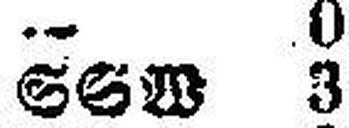
SSW 3